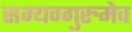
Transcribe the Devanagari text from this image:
सम्यग्गुरुमेव